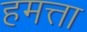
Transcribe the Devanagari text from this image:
हमत्ता